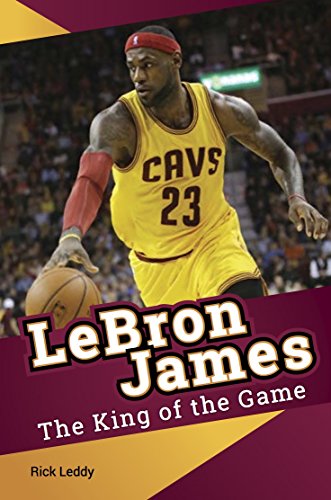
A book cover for LeBron James - The King of the Game; Rick Leddy; Biographies & Memoirs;